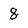
Character: 8